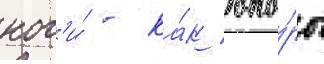
ног'и́ - ка́к опо́ры